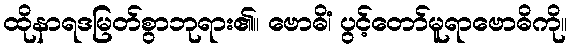
ထိုနာရဒမြတ်စွာဘုရား၏။ ဗောဓိံ၊ ပွင့်တော်မူရာဗောဓိကို။